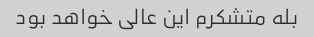
بله متشکرم این عالی خواهد بود